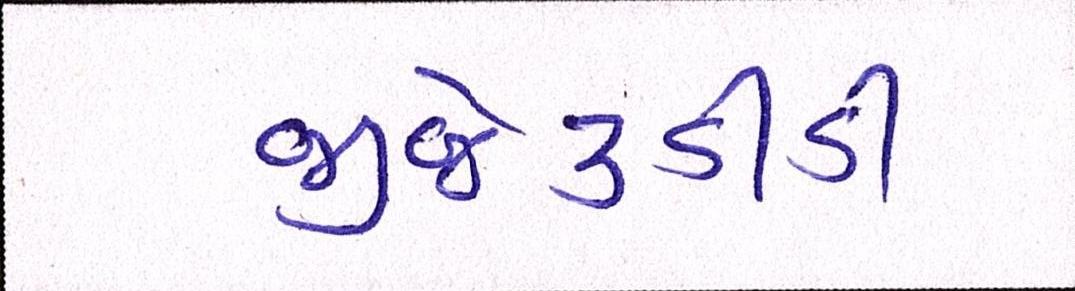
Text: જીજે૩ડીડી